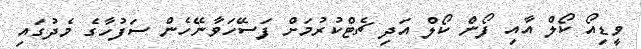
ވީޑިއޯ ކޯލް އާއި ފޯން ކޯލް އަދި ޗެޓްކުރުމަށް ފަސޭހަވާނޭހެން ސަފުހާގެ މެދުގައި